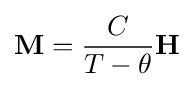
\mathbf {M} ={\frac {C}{T-\theta }}\mathbf {H}